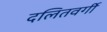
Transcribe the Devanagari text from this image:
दलितवर्गी